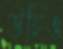
উচিও